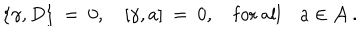
\{ \gamma , D \} \ = \ 0 , \quad [ \gamma , a ] \ = \ 0 , \quad \mathrm { f o r \ a l l } \quad a \in { \mathcal A } \ .